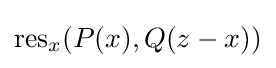
\operatorname {res} _{x}(P(x),Q(z-x))